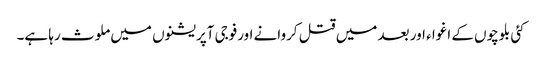
کئی بلوچوں کے اغوا ء اور بعد میں قتل کروانے اورفوجی آپریشنوں میں ملوث رہا ہے۔